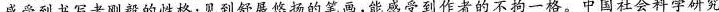
感受到书写者刚毅的性格；见到舒展悠扬的笔画，能感受到作者的不拘一格。中国社会科学研究